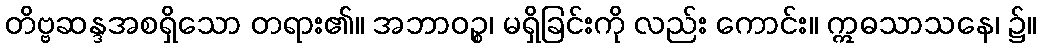
တိဗ္ဗဆန္ဒအစရှိသော တရား၏။ အဘာဝဉ္စ၊ မရှိခြင်းကို လည်း ကောင်း။ ဣဓသာသနေ၊ ၌။